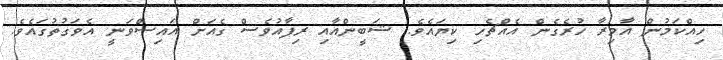
ހިއްކަމުން އާމިރާ ހުރެގެން އެއްޗެހި ކިޔައެވެ. ޝަބީންއާއި ރިފާއުވެސް ގެއަށް އައިސްވަނީ އެވަގުތުގައެވެ.